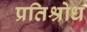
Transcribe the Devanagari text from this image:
प्रतिश्रोध